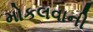
મોકલવાની